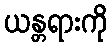
ယန္တရားကို